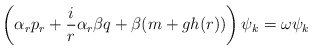
\begin{align*}\left( \alpha_r p_r + \frac{i}{r} \alpha_r\beta q +\beta(m+gh(r))\right) \psi_k = \omega \psi_k\end{align*}